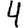
Digit: 4